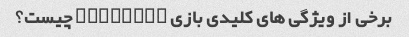
برخی از ویژگی های کلیدی بازی Fortnite چیست؟